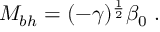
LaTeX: M _ { b h } = ( - \gamma ) ^ { \frac { 1 } { 2 } } \beta _ { 0 } \; .